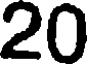
20